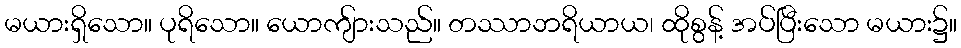
မယားရှိသော။ ပုရိသော။ ယောကျ်ားသည်။ တဿာဘရိယာယ၊ ထိုစွန့် အပ်ပြီးသော မယား၌။